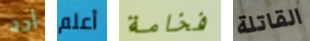
أحد أعلم فخامة القاتلة